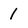
Character: 1